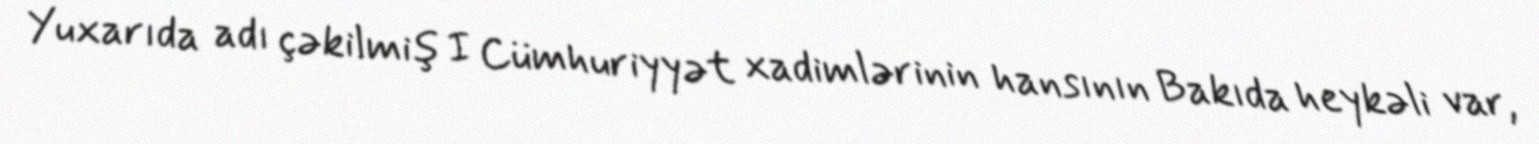
Yuxarıda adı çəkilmiş I Cümhuriyyət xadimlərinin hansının Bakıda heykəli var,